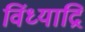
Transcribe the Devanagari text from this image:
विंध्याद्रि